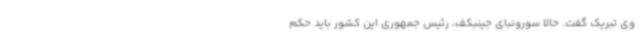
وی تبریک گفت. حالا سورونبای جینبکف، رئیس جمهوری این کشور باید حکم